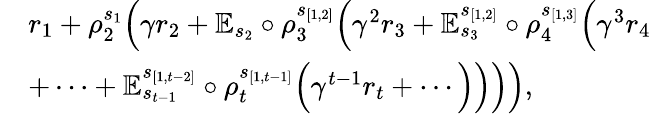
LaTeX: \begin{array}{rl}&{r_{1}+\rho_{2}^{s_{1}}\Big(\gamma r_{2}+\mathbb{E}_{s_{2}}\circ{\rho_{3}^{s_{[1,2]}}}\Big(\gamma^{2}r_{3}+\mathbb{E}_{s_{3}}^{s_{[1,2]}}\circ{\rho_{4}^{s_{[1,3]}}}\Big(\gamma^{3}r_{4}}\\ &{+\cdots+\mathbb{E}_{s_{t-1}}^{s_{[1,t-2]}}\circ{\rho_{t}^{s_{[1,t-1]}}}\Big(\gamma^{t-1}r_{t}+\cdots\Big)\Big)\Big)\Big),}\end{array}